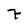
Character: 7